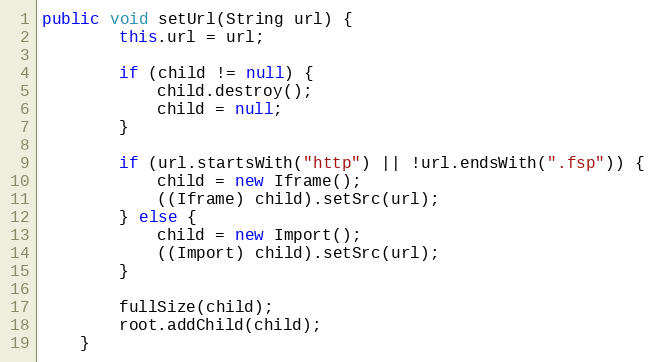
Language: Java
public void setUrl(String url) {
        this.url = url;

        if (child != null) {
            child.destroy();
            child = null;
        }

        if (url.startsWith("http") || !url.endsWith(".fsp")) {
            child = new Iframe();
            ((Iframe) child).setSrc(url);
        } else {
            child = new Import();
            ((Import) child).setSrc(url);
        }

        fullSize(child);
        root.addChild(child);
    }